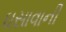
ઘસાવાની